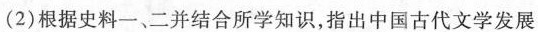
(2)根据史料一、二并结合所学知识，指出中国古代文学发展